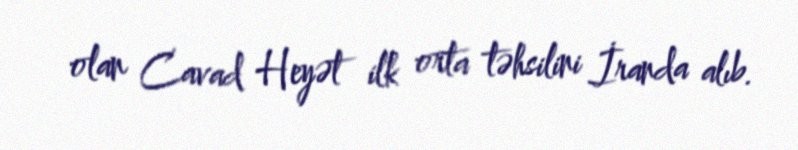
olan Cavad Heyət ilk orta təhsilini İranda alıb.